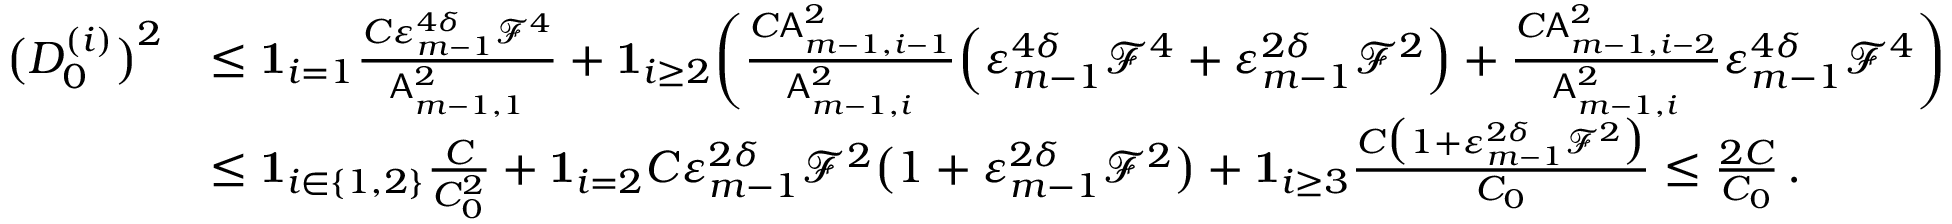
\begin{array} { r l } { \bigl ( D _ { 0 } ^ { ( i ) } \bigr ) ^ { 2 } } & { \leq { \bf 1 } _ { i = 1 } \frac { C \varepsilon _ { m - 1 } ^ { 4 \delta } \mathcal { F } ^ { 4 } } { \mathsf { A } _ { m - 1 , 1 } ^ { 2 } } + { \bf 1 } _ { i \geq 2 } \biggl ( \frac { C \mathsf { A } _ { m - 1 , i - 1 } ^ { 2 } } { \mathsf { A } _ { m - 1 , i } ^ { 2 } } \Bigl ( \varepsilon _ { m - 1 } ^ { 4 \delta } \mathcal { F } ^ { 4 } + \varepsilon _ { m - 1 } ^ { 2 \delta } \mathcal { F } ^ { 2 } \Bigr ) + \frac { C \mathsf { A } _ { m - 1 , i - 2 } ^ { 2 } } { \mathsf { A } _ { m - 1 , i } ^ { 2 } } \varepsilon _ { m - 1 } ^ { 4 \delta } \mathcal { F } ^ { 4 } \biggr ) } \\ & { \leq { \bf 1 } _ { i \in \{ 1 , 2 \} } \frac { C } { C _ { 0 } ^ { 2 } } + { \bf 1 } _ { i = 2 } C \varepsilon _ { m - 1 } ^ { 2 \delta } \mathcal { F } ^ { 2 } \bigl ( 1 + \varepsilon _ { m - 1 } ^ { 2 \delta } \mathcal { F } ^ { 2 } \bigr ) + { \bf 1 } _ { i \geq 3 } \frac { C \bigl ( 1 + \varepsilon _ { m - 1 } ^ { 2 \delta } \mathcal { F } ^ { 2 } \bigr ) } { C _ { 0 } } \leq \frac { 2 C } { C _ { 0 } } \, . } \end{array}